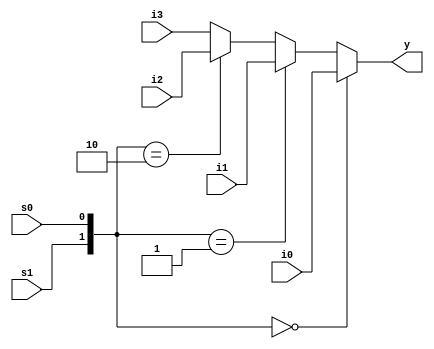
`timescale 1ns / 1ps
module Txmux(input s1,s0,i0,i1,i2,i3,output y);
assign y=({s1,s0}==(2'b00))?(i0):({s1,s0}==(2'b01))?(i1):({s1,s0}==(2'b10))?(i2):(i3);
endmodule